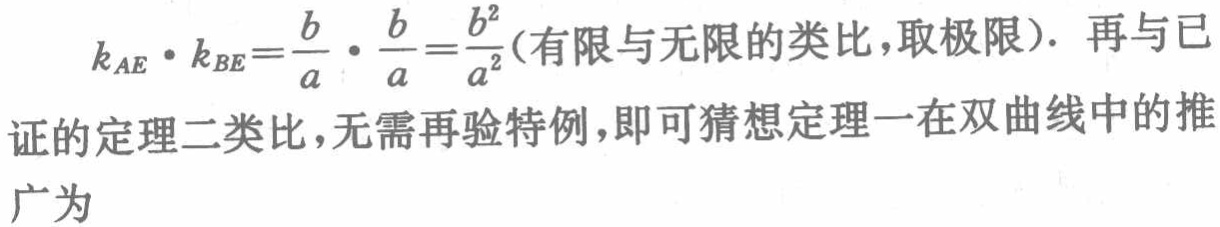
\[k_{AE}\cdot k_{BE}=\frac{b}{a}\cdot\frac{b}{a}=\frac{b^{2}}{a^{2}}(\text{有限与无限的类比，取极限}).\] 再与已证的定理二类比，无需再验特例，即可猜想定理一在双曲线中的推广为